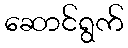
ဆောင်ရွက်